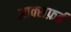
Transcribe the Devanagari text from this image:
आक्सफ़र्ड